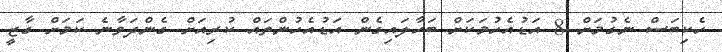
ހެކިބަސް ނެގުމަށް 8 އަޑުއެހުމަކަށް ބަހާލައިގެން އަޑުއެހުންތައް ކުރިއަށް ގެންދަވާނެ ކަމަށް ގާޒީ